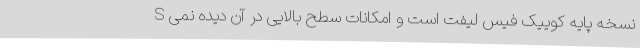
S نسخه پایه کوییک فیس لیفت است و امکانات سطح بالایی در آن دیده نمی